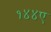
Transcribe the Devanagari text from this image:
१४४ए